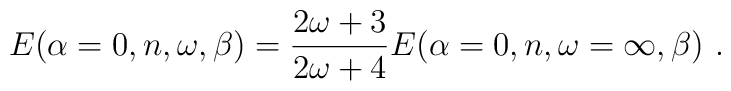
E(\alpha=0,n,\omega,\beta)=\frac{2\omega+3}{2\omega+4}E(\alpha=0,n,\omega=\infty,\beta) \ . \